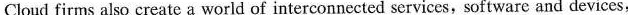
Cloud firms also create a world of interconnected services,softwarc and devices,